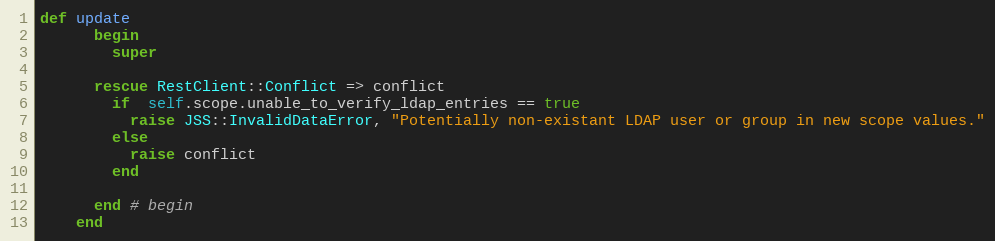
Language: Ruby
def update
      begin
        super

      rescue RestClient::Conflict => conflict
        if  self.scope.unable_to_verify_ldap_entries == true
          raise JSS::InvalidDataError, "Potentially non-existant LDAP user or group in new scope values."
        else
          raise conflict
        end

      end # begin
    end